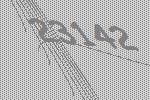
23142